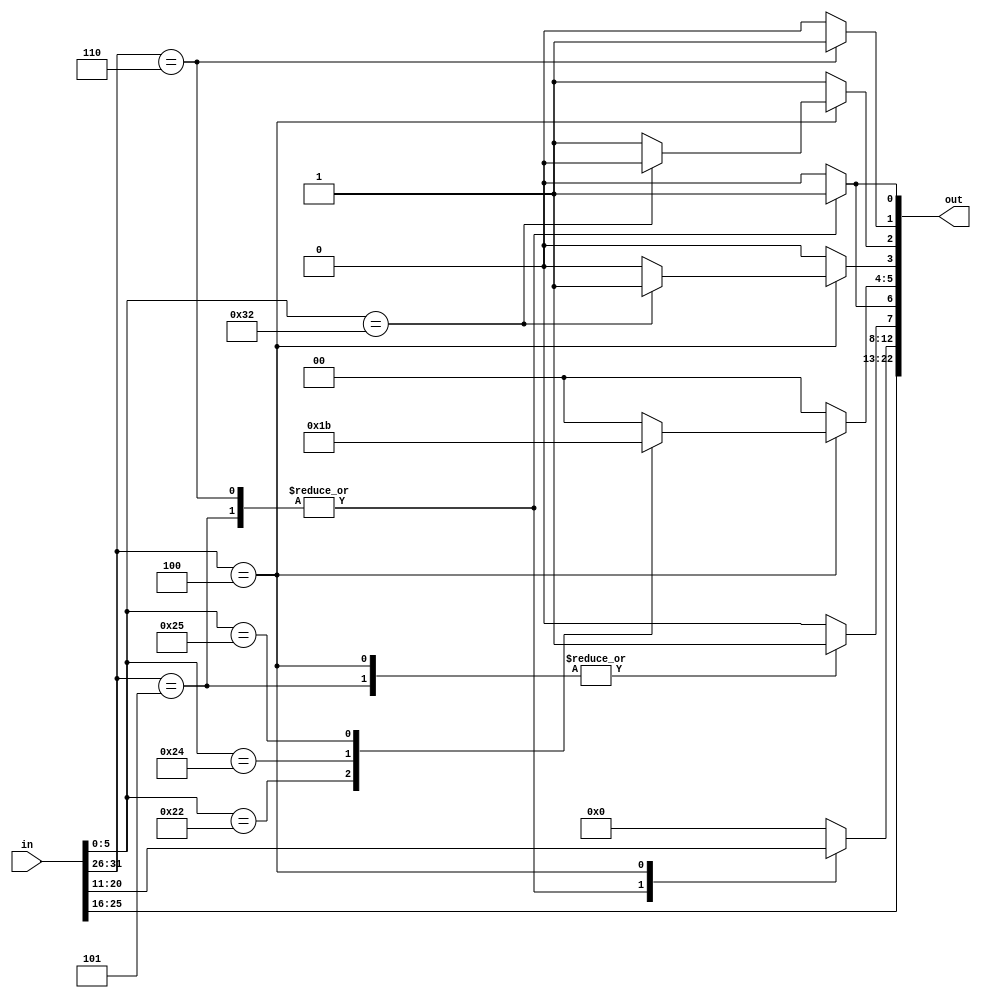
module Control(
	input [31:0] in,
	output [22:0] out
);

	wire [5:0] code_op, op;
	wire [4:0] rs,rt;
	reg [1:0] sel_ALU;
	reg mul_st;
	reg alu1_mux;
	reg alu2_mux;
	reg mem_wr;
	reg mux_sel_wb;
	reg [4:0] rd;
	reg leprin_escprin;
	
	 assign code_op = in[31:26];
	 assign rs = in[25:21];
	 assign rt = in[20:16];
	 assign op = in[5:0];
  
   	
	assign out = {rs, rt, rd, leprin_escprin, alu1_mux, sel_ALU, mul_st,  alu2_mux, mem_wr, mux_sel_wb};


	always @ (in) 
	begin
	
		case(code_op)
			5'd5: 				
			begin
				rd = rt;           
				leprin_escprin = 1;              
				alu1_mux = 1;
				sel_ALU = 2'b0;
				mul_st = 0;
				alu2_mux = 1;
				mem_wr = 0;        
				mux_sel_wb = 1;
			end
			
			5'd6: 				 
			begin
				rd = rt;
				leprin_escprin = 0;
				alu1_mux = 1;
				sel_ALU = 2'b0;     
				mul_st = 0;         
				alu2_mux = 1;       
				mem_wr = 1;               
				mux_sel_wb = 1; 
			end
			
			5'd4: 						 
			begin  
				rd = in[15:11]; 
				leprin_escprin = 1;               
				alu1_mux = 0;          
				mul_st = 0;
				mem_wr = 0;
				mux_sel_wb = 0;
				
				case(op)
					6'd32:  
					begin 
						sel_ALU = 2'b0;
						alu2_mux = 1; 
					end
					
					6'd34: 
					begin
						sel_ALU = 2'b1;
						alu2_mux = 1; 
					end
					
					6'd50: 
					begin
						sel_ALU = 2'b0;
						mul_st = 1;
						alu2_mux = 0;  
					end
					
					6'd36: 
					begin
						sel_ALU = 2'b10;
						alu2_mux = 1; 
					end
					
					6'd37: 
					begin
						sel_ALU = 2'b11;
						alu2_mux = 1; 
					end
					
					default:
					begin
						sel_ALU = 2'b0;
						alu2_mux = 1;
					end
					
				endcase
			end
			
			default: 
			begin
				rd = 5'b0;
				leprin_escprin = 0;
				alu1_mux = 0;
				sel_ALU = 0;
				mul_st = 0;
				alu2_mux = 1;
				mem_wr = 0;
				mux_sel_wb = 0;				
			end
			
		endcase
	end

endmodule